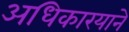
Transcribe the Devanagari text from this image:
अधिकारयाने